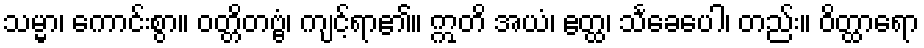
သမ္မာ၊ ကောင်းစွာ။ ဝတ္တိတဗ္ဗံ၊ ကျင့်ရာ၏။ ဣတိ အယံ၊ ဧတ္ထ၊ သင်္ခေပေါ၊ တည်း။ ဝိတ္ထာရော